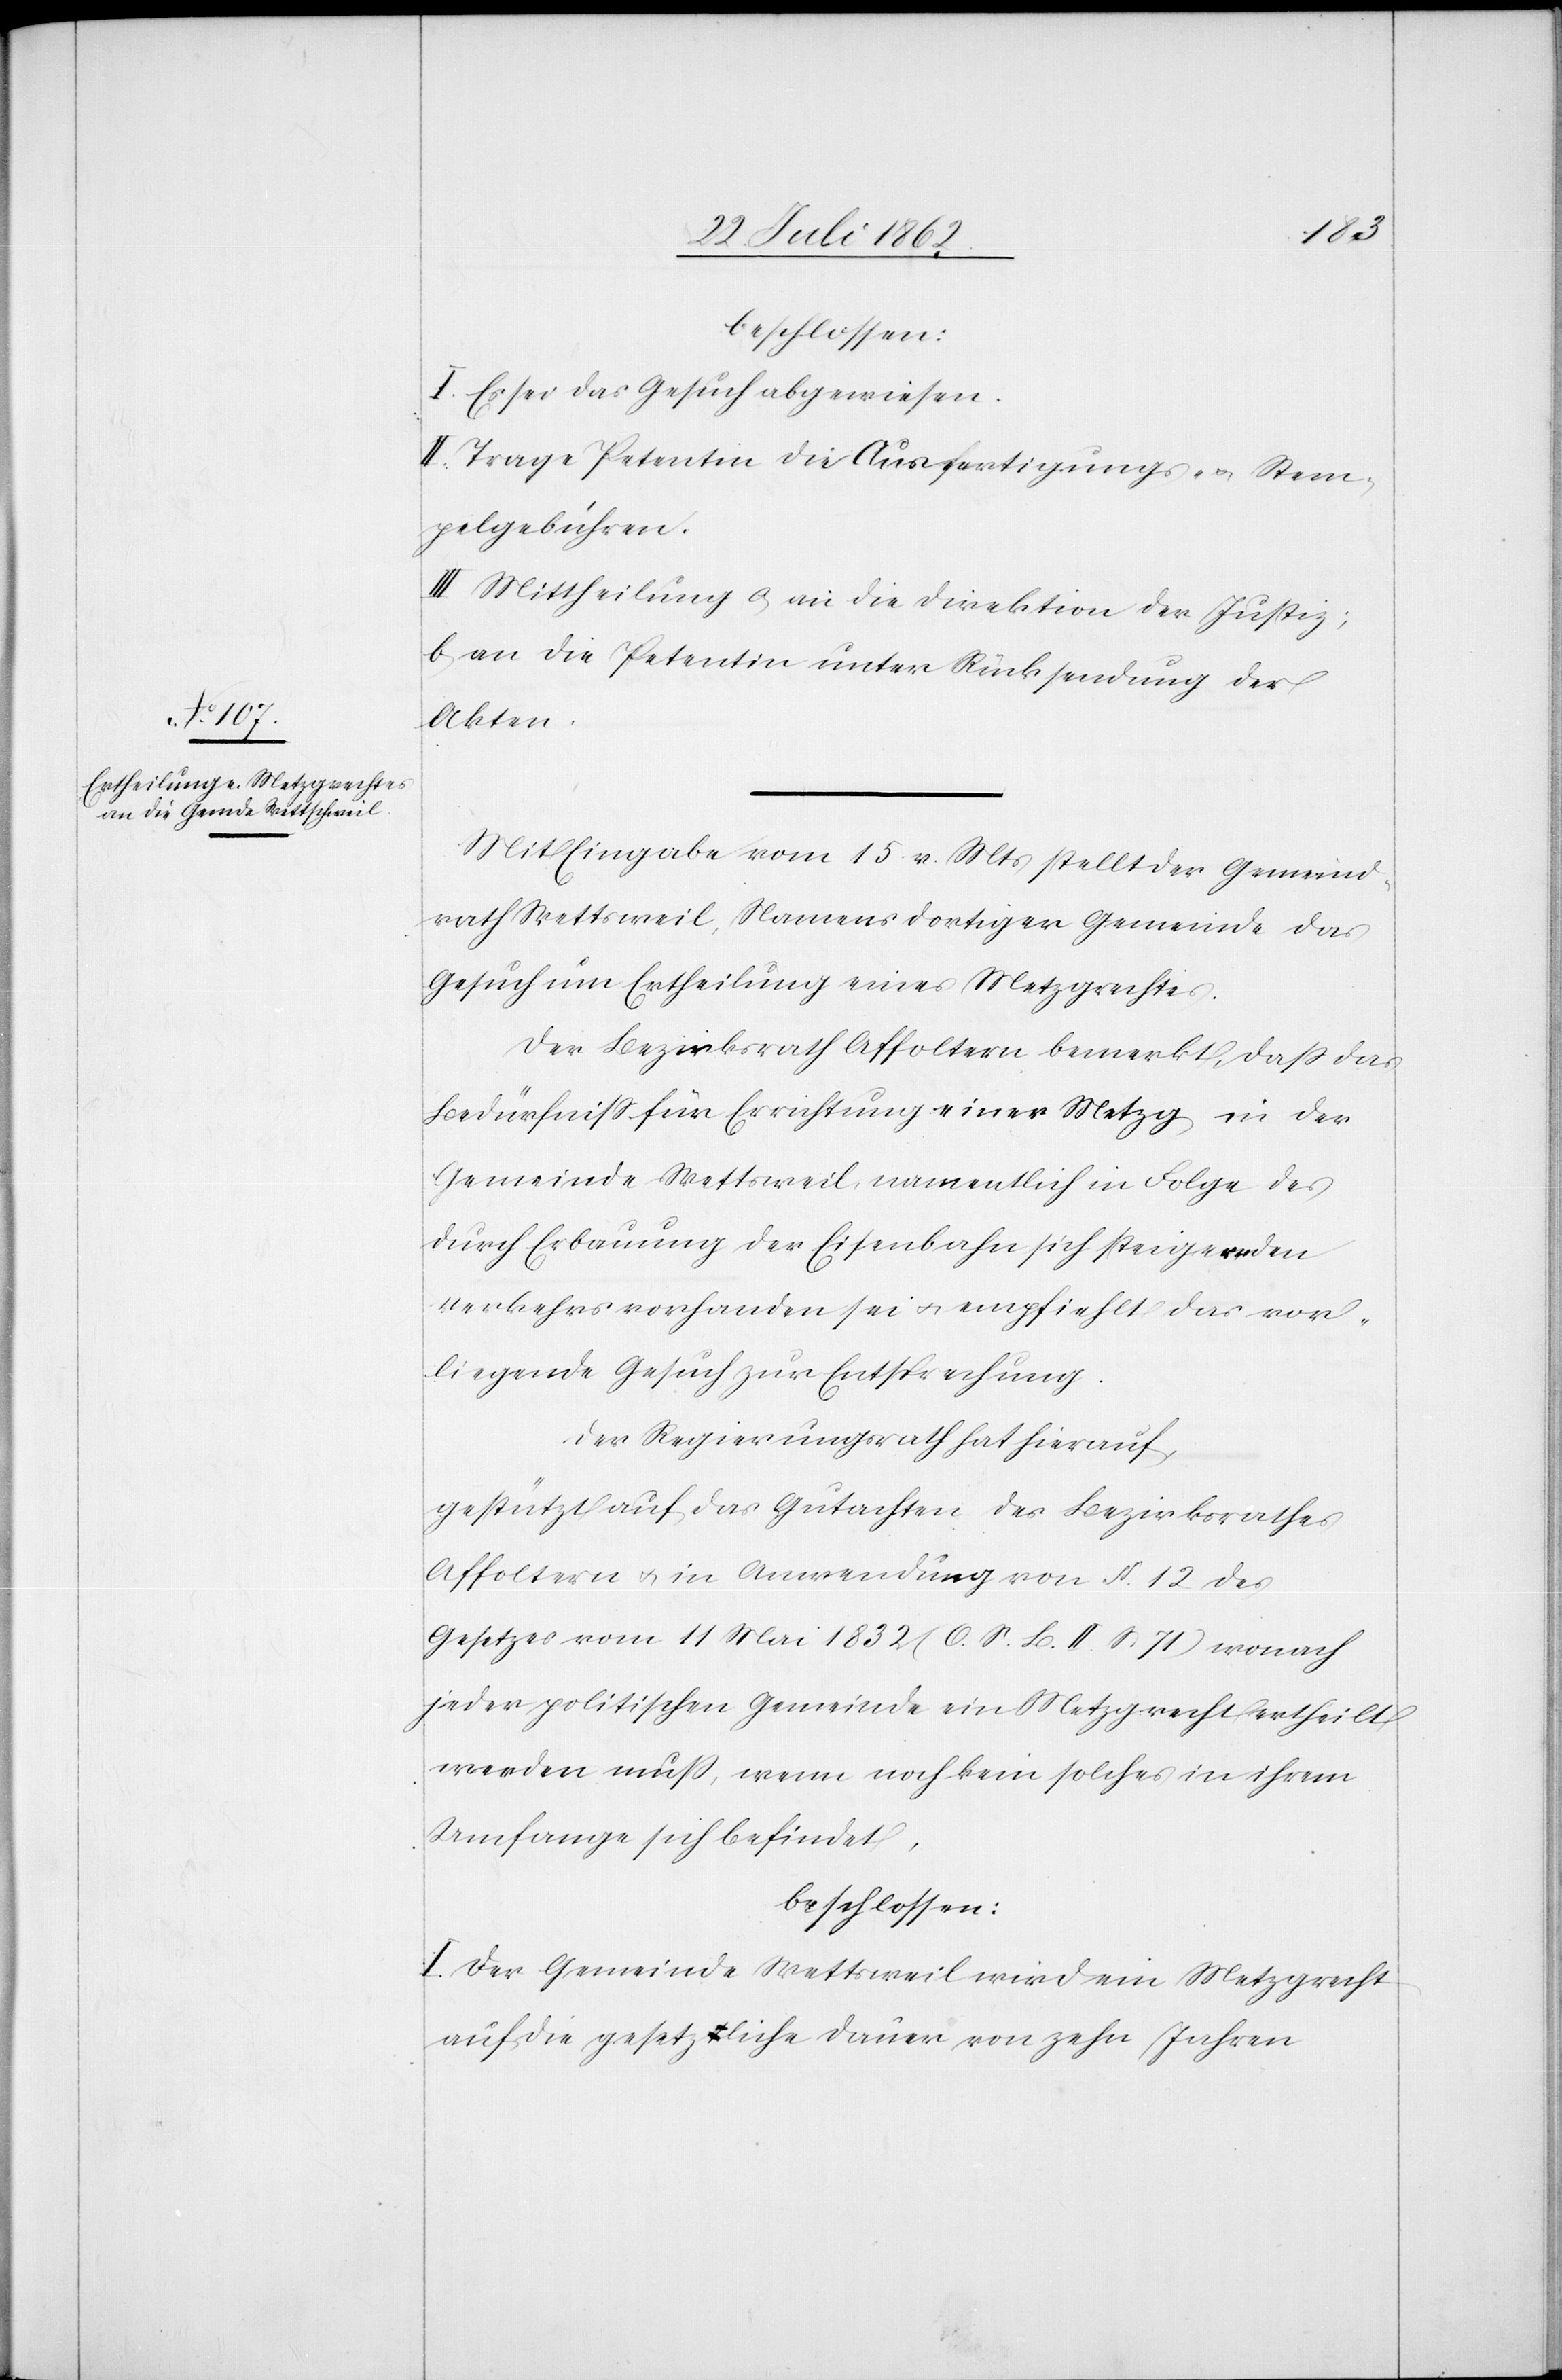
beschlossen:
I. Es sei das Gesuch abgewiesen.
II. Trage Petentin die Ausfertigungs- u. Stem¬
pelgebühren.
III. Mittheilung a. an die Direktion der Justiz;
b. an die Petentin unter Rücksendung der
Akten.
Mit Eingabe vom 15. v. Mts. stellt der Gemeind¬
rath Wettsweil, Namens dortiger Gemeinde das
Gesuch um Ertheilung eines Metzgrechtes.
Der Bezirksrath Affoltern bemerkt, daß das
Bedürfniß für Errichtung einer Metzg in der
Gemeinde Wettsweil, namentlich in Folge des
durch Erbauung der Eisenbahn sich steigernden
Verkehrs vorhanden sei u. empfiehlt das vor¬
liegende Gesuch zur Entsprechung.
Der Regierungsrath hat hierauf,
gestützt auf das Gutachten des Bezirksrathes
Affoltern u. in Anwendung von §. 12 des
Gesetzes vom 11. Mai 1832 (O. S. B. II. S. 71) wonach
jeder politischen Gemeinde ein Metzgrecht ertheilt
werden muß, wenn noch kein solches in ihrem
Umfange sich befindet,
beschlossen:
I. Der Gemeinde Wettsweil wird ein Metzgrecht
auf die gesetzliche Dauer von zehn Jahren